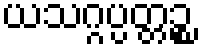
ယသဂ္ဂပ္ပတ္တဉ္စ